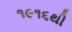
૧૯૧૬થી